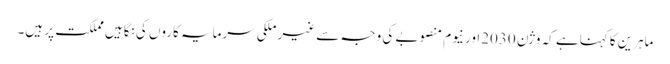
ماہرین کا کہناہے کہ وژن 2030اور نیوم منصوبے کی وجہ سے غیر ملکی سرمایہ کاروں کی نگاہیں مملکت پر ہیں۔